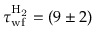
\tau _ { \mathrm { w f } } ^ { \mathrm { H _ { 2 } } } = ( 9 \pm 2 )